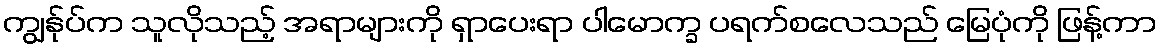
ကျွန်ုပ်က သူလိုသည့် အရာများကို ရှာပေးရာ ပါမောက္ခ ပရက်စလေသည် မြေပုံကို ဖြန့်ကာ